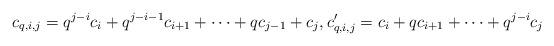
LaTeX: \begin{align*}c_{q,i,j}=q^{j-i}c_i+q^{j-i-1}c_{i+1}+\cdots+qc_{j-1}+c_j,c'_{q,i,j}=c_i+q c_{i+1}+\cdots+q^{j-i}c_j\end{align*}